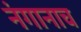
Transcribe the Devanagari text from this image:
नंगानाच